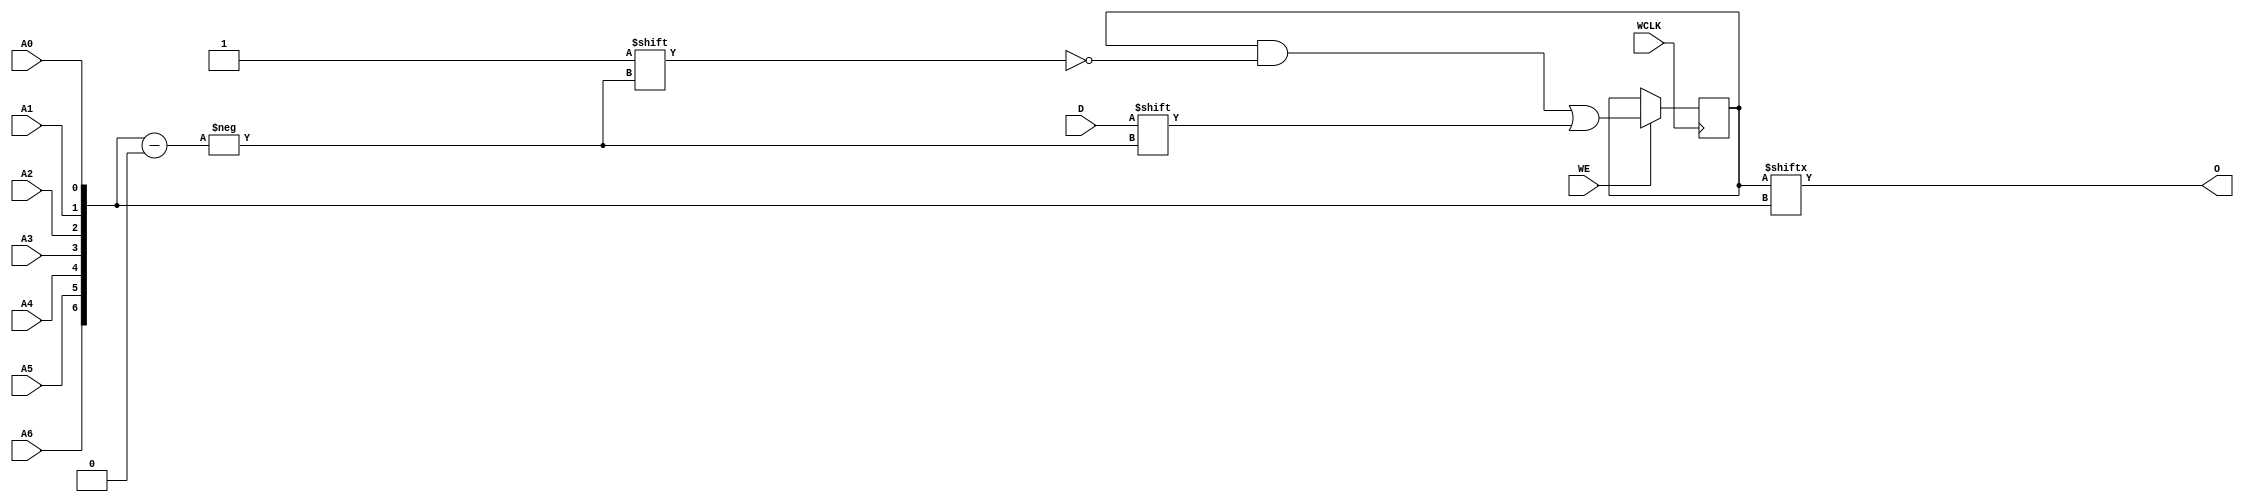
module RAM128X1S (
  output O,
  input A0, A1, A2, A3, A4, A5, A6,
  input D,
  (* clkbuf_sink *)
  (* invertible_pin = "IS_WCLK_INVERTED" *)
  input WCLK,
  input WE
);
  parameter [127:0] INIT = 128'h00000000000000000000000000000000;
  parameter [0:0] IS_WCLK_INVERTED = 1'b0;
  wire [6:0] a = {A6, A5, A4, A3, A2, A1, A0};
  reg [127:0] mem = INIT;
  assign O = mem[a];
  wire clk = WCLK ^ IS_WCLK_INVERTED;
  always @(posedge clk) if (WE) mem[a] <= D;
endmodule